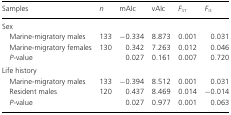
<table><thead><tr><td><b>Samples</b></td><td><b><i>n</i></b></td><td><b>mAIc</b></td><td><b>vAIc</b></td><td><b><i>F</i><sub>ST</sub></b></td><td><b><i>F</i><sub>IS</sub></b></td></tr></thead><tbody><tr><td colspan="6">Sex</td></tr><tr><td> Marine-migratory males</td><td>133</td><td>−0.334</td><td>8.873</td><td>0.001</td><td>0.031</td></tr><tr><td> Marine-migratory females</td><td>130</td><td>0.342</td><td>7.263</td><td>0.012</td><td>0.046</td></tr><tr><td> <i>P</i>-value</td><td></td><td>0.027</td><td>0.161</td><td>0.007</td><td>0.720</td></tr><tr><td colspan="6">Life history</td></tr><tr><td> Marine-migratory males</td><td>133</td><td>−0.394</td><td>8.512</td><td>0.001</td><td>0.031</td></tr><tr><td> Resident males</td><td>120</td><td>0.437</td><td>8.469</td><td>0.014</td><td>−0.014</td></tr><tr><td> <i>P</i>-value</td><td></td><td>0.027</td><td>0.977</td><td>0.001</td><td>0.063</td></tr></tbody></table>